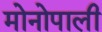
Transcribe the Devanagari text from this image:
मोनोपाली